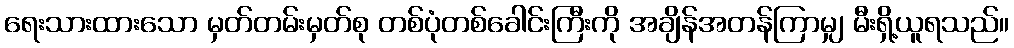
ရေးသားထားသော မှတ်တမ်းမှတ်စု တစ်ပုံတစ်ခေါင်းကြီးကို အချိန်အတန်ကြာမျှ မီးရှိ့ယူရသည်။